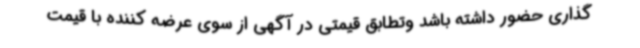
گذاری حضور داشته باشد وتطابق قیمتی در آگهی از سوی عرضه کننده با قیمت